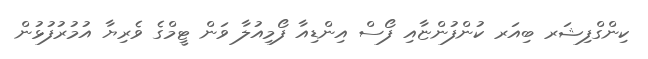
ކިންގްފިޝަރ ބިއަރ ކުންފުންޏާއި ފޯސް އިންޑިއާ ފޯމިއުލާ ވަން ޓީމްގެ ވެރިޔާ އުމުރުުފުޅުން